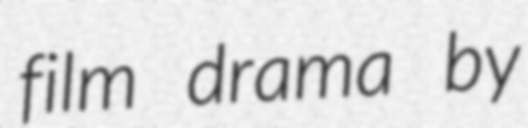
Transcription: film drama by